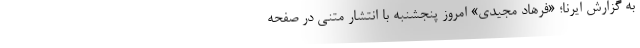
به گزارش ایرنا؛ «فرهاد مجیدی» امروز پنجشنبه با انتشار متنی در صفحه